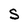
Character: S